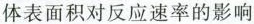
体表面积对反应速率的影响